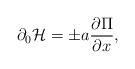
LaTeX: \begin{align*}\partial_0 {\cal H} = \pm a {\partial \Pi \over \partial x},\end{align*}